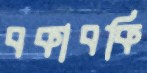
বকাবকি